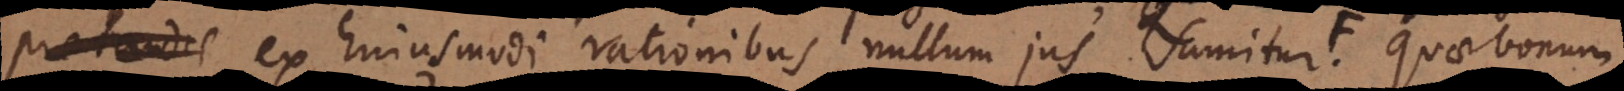
pretandis ex hujusmodi rationibus nullum jus sumitur Quae bonum